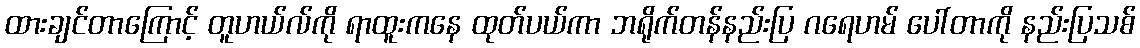
ထားချင်တာကြောင့် တူဟယ်လ်ကို ရာထူးကနေ ထုတ်ပယ်ကာ ဘရိုက်တန်နည်းပြ ဂရေဟမ် ပေါ်တာကို နည်းပြသစ်